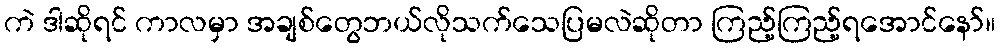
ကဲ ဒါဆိုရင် ကာလမှာ အချစ်တွေဘယ်လိုသက်သေပြမလဲဆိုတာ ကြည့်ကြည့်ရအောင်နော်။